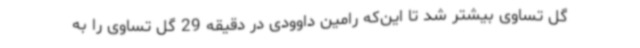
گل تساوی بیشتر شد تا این‌که رامین داوودی در دقیقه 29 گل تساوی را به